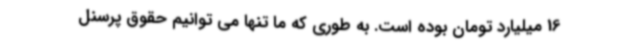
16 میلیارد تومان بوده است. به طوری که ما تنها می توانیم حقوق پرسنل